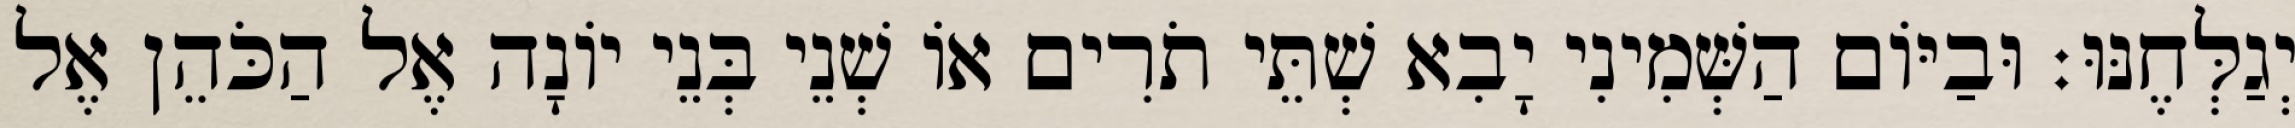
יְגַלְּחֶנּוּ׃ וּבַיּוֹם הַשְּׁמִינִי יָבִא שְׁתֵּי תֹרִים אוֹ שְׁנֵי בְּנֵי יוֹנָה אֶל הַכֹּהֵן אֶל